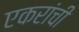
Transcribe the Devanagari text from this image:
एकरांची